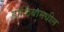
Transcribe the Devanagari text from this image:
डाळिंबामधील